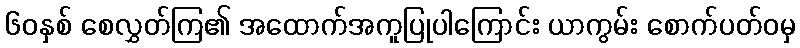
၆၀နှစ် စေလွှတ်ကြ၏ အထောက်အကူပြုပါကြောင်း ယာကွမ်း စောက်ပတ်ဝမှ